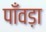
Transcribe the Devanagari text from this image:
पाँवड़ा